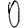
Digit: 0